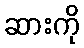
ဆားကို